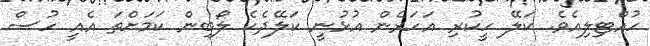
ހުއްޓިލިއެވެ. ކަލޭ ހީކުރި އަހަރެން އުޅުނީ ކަލޭދެކެ ލޯބިން ކަމަށްތަ އެއީ ހުސް